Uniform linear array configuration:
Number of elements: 16
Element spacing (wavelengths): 0.25
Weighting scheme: cosine
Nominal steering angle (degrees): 60
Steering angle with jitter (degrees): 58.446
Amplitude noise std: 0.05
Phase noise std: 0.05

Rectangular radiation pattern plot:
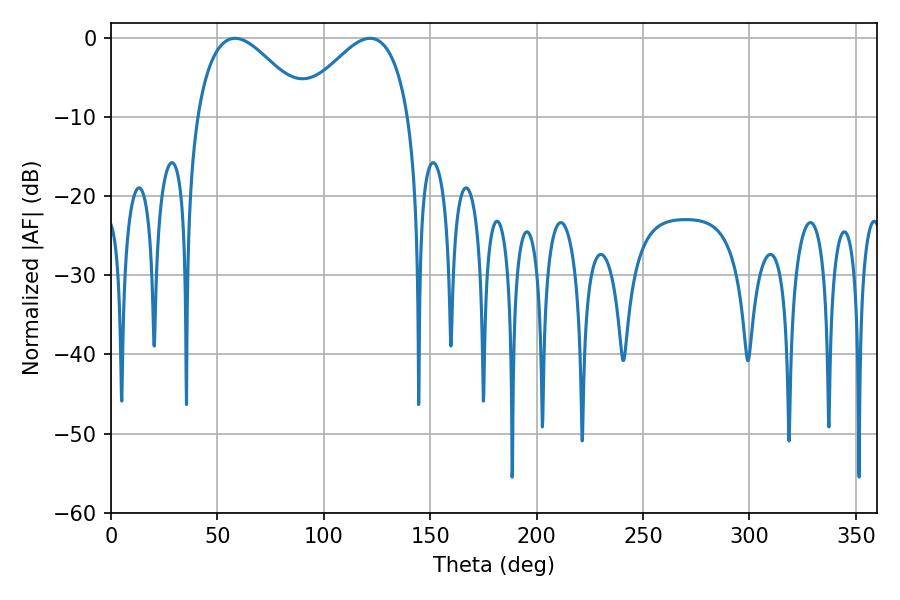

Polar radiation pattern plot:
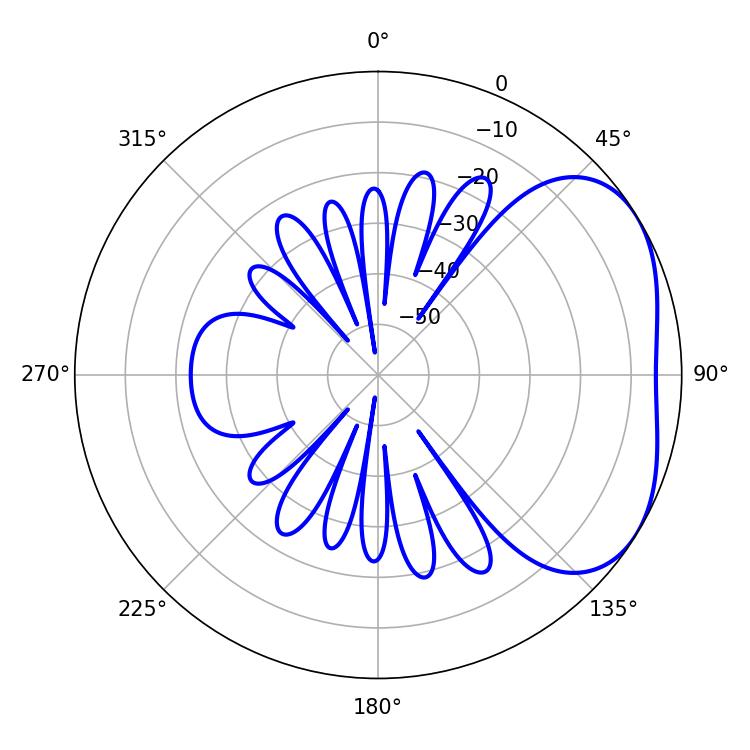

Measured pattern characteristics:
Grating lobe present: FALSE
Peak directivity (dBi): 3.395
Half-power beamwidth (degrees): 28.08
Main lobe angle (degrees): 58.32